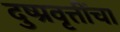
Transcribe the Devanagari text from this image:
दुष्प्रवृत्तींचा